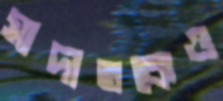
সাদাতকেও